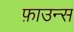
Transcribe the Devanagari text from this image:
फ़ाउन्स